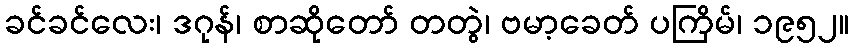
ခင်ခင်လေး၊ ဒဂုန်၊ စာဆိုတော် တတွဲ၊ ဗမာ့ခေတ် ပကြိမ်၊ ၁၉၅၂။